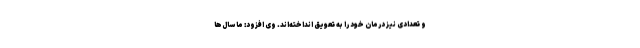
و تعدادی نیز درمان خود را به تعویق انداخته‌اند. وی افزود:‌ ما سال‌ها